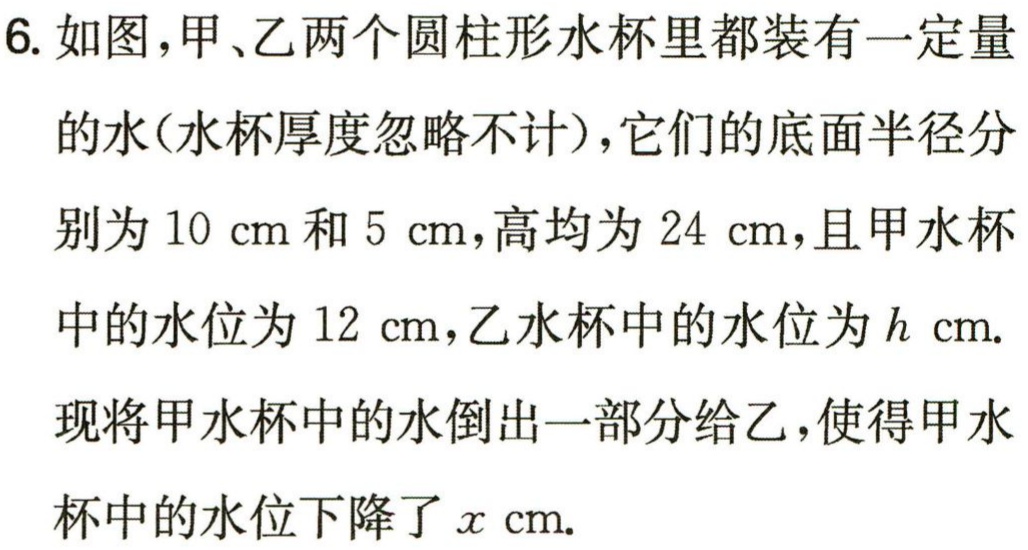
6. 如图，甲、乙两个圆柱形水杯里都装有一定量

的水(水杯厚度忽略不计), 它们的底面半径分

别为 \(10\mathrm{cm}\) 和 \(5\mathrm{cm}\), 高均为 \(24\mathrm{cm}\), 且甲水杯

中的水位为 \(12\mathrm{cm}\), 乙水杯中的水位为 \(h\mathrm{cm}\).

现将甲水杯中的水倒出一部分给乙, 使得甲水

杯中的水位下降了 \(x\mathrm{cm}\).